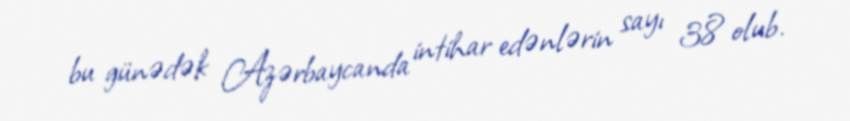
bu günədək Azərbaycanda intihar edənlərin sayı 38 olub.